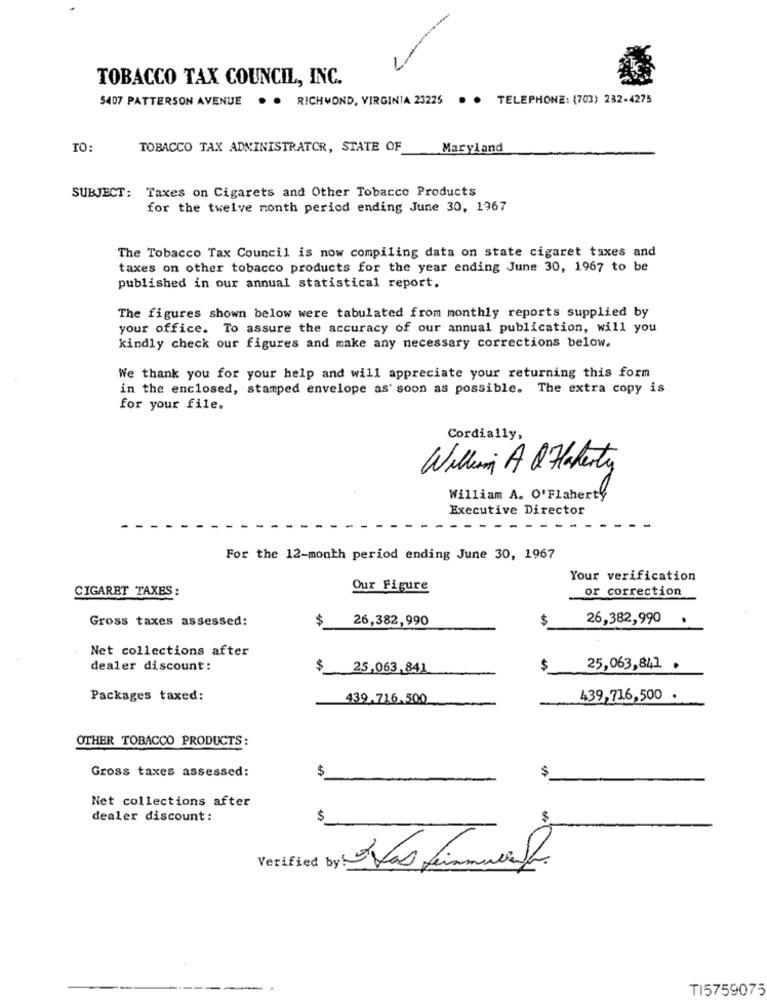
TOBACCO TAX COUNCIL, INC.
5407 PATTERSON AVENUE
. . RICHMOND, VIRGINIA 23225
..
TELEPHONE: (703) 232-4275
TO:
TOBACCO TAX ADMINISTRATOR, STATE OF
Maryland
SUBJECT: Taxes on Cigarets and Other Tobacco Products
for the twelve month period ending June 30, 1967
The Tobacco Tax Council is now compiling data on state cigaret taxes and
taxes on other tobacco products for the year ending June 30, 1967 to be
published in our annual statistical report.
The figures shown below were tabulated from monthly reports supplied by
your office. To assure the accuracy of our annual publication, will you
kindly check our figures and make any necessary corrections below.
We thank you for your help and will appreciate your returning this form
in the enclosed, stamped envelope as soon as possible. The extra copy is
for your file.
Cordially,
William A & Haberty
William A. O'Flaherty
Executive Director
For the 12-month period ending June 30, 1967
Your verification
CIGARET TAXES:
Our Figure
or correction
Gross taxes assessed:
$
26,382,990
$
26,382,990
.
Net collections after
dealer discount:
$
25,063,841
$
25,063,841 .
Packages taxed:
439.716.500
439,716,500
OTHER TOBACCO PRODUCTS:
Gross taxes assessed:
$
$
Net collections after
dealer discount :
$
Verified by
Vas timmer .
TI5759075